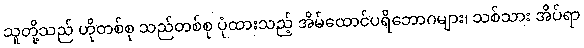
သူတို့သည် ဟိုတစ်စု သည်တစ်စု ပုံထားသည့် အိမ်ထောင်ပရိဘောဂများ၊ သစ်သား အိပ်ရာ